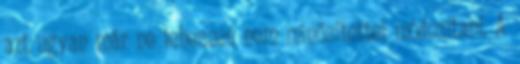
azt ugyan már ne lehessen nem minősítettel módosítani. A